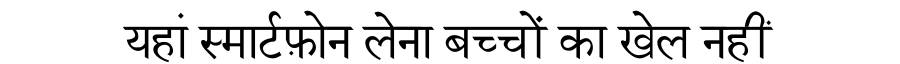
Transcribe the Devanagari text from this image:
यहां स्मार्टफ़ोन लेना बच्चों का खेल नहीं